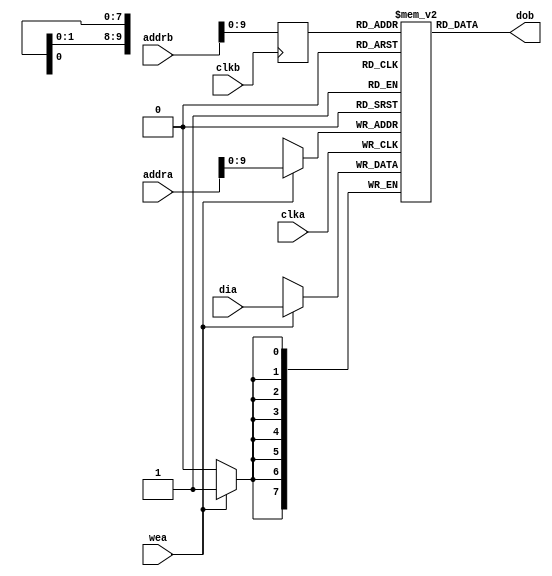
module CHAR_RAM
(
clka,
wea,
addra,
dia,

clkb,
addrb,
dob
);

input  clka;
input  wea;
input  [13:0] addra;
input  [7:0] dia;

input  clkb;
input  [13:0] addrb;
output [7:0] dob;

//reg    [7:0] ram [1023:0];
reg    [7:0] ram [0:1023];
reg    [13:0] read_addrb;

always @(posedge clka) begin
	if (wea)
		ram[addra] <= dia;
end

always @(posedge clkb) begin
	read_addrb <= addrb;
end

assign dob = ram[read_addrb];

// fill the character RAM with spaces
integer index;
initial begin
	for (index = 0; index < 1024; index = index + 1) begin
		ram[index] = 8'h20; // ASCII space
	end                     
end

endmodule //CHAR_RAM